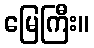
မြေကြီး။